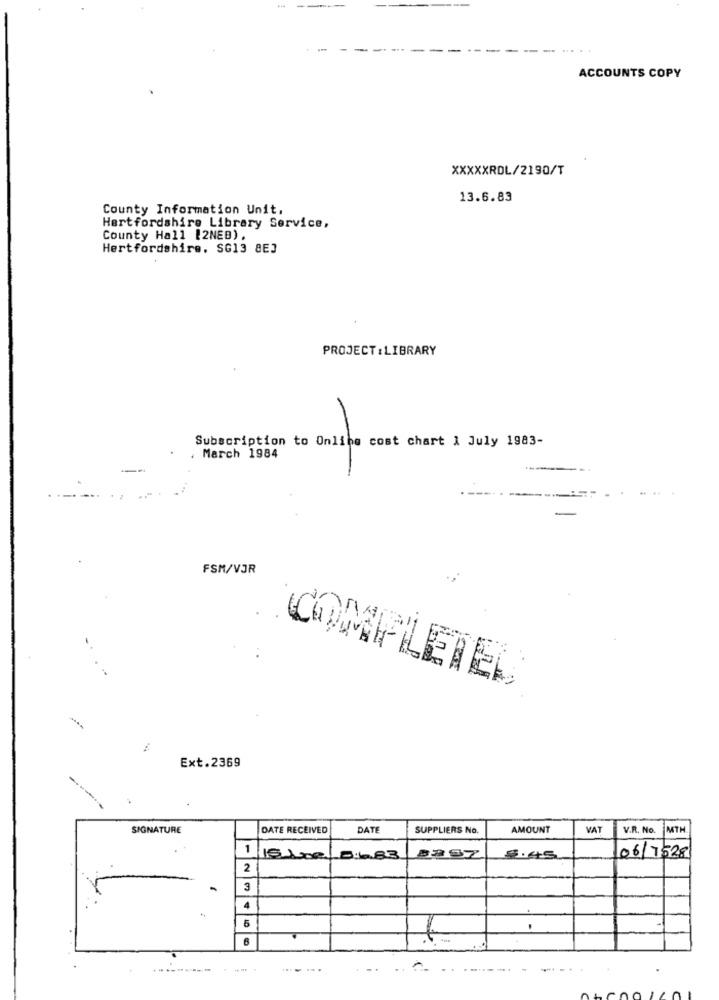
ACCOUNTS COPY
XXXXXROL/2190/T
13.6.83
County Information Unit,
Hertfordshire Library Service,
County Hall [2NEB),
Hertfordshire. SG13 8EJ
PROJECT :LIBRARY
-
Subscription to Online cost chart 1 July 1983-
. March 1984
FSM/VJR
COMPLETED
Ext.2369
SIGNATURE
DATE RECEIVED
DATE
SUPPLIERS No.
AMOUNT
VAT
V.R. No.
MTH
1
.8:6.83
5.45
06/7528
2
3
4
6
--. -
.